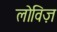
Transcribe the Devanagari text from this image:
लोविज़